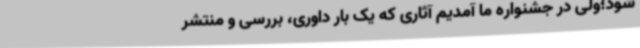
شود؛ولی در جشنواره ما آمدیم آثاری که یک بار داوری، بررسی و منتشر